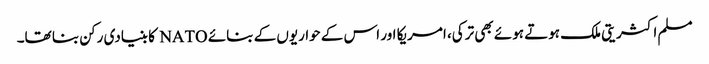
مسلم اکثریتی ملک ہوتے ہوئے بھی ترکی، امریکا اور اس کے حواریوں کے بنائے NATO کا بنیادی رکن بنا تھا۔